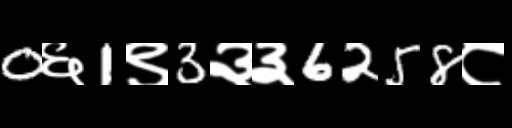
Text: 0६1९3३३6258८